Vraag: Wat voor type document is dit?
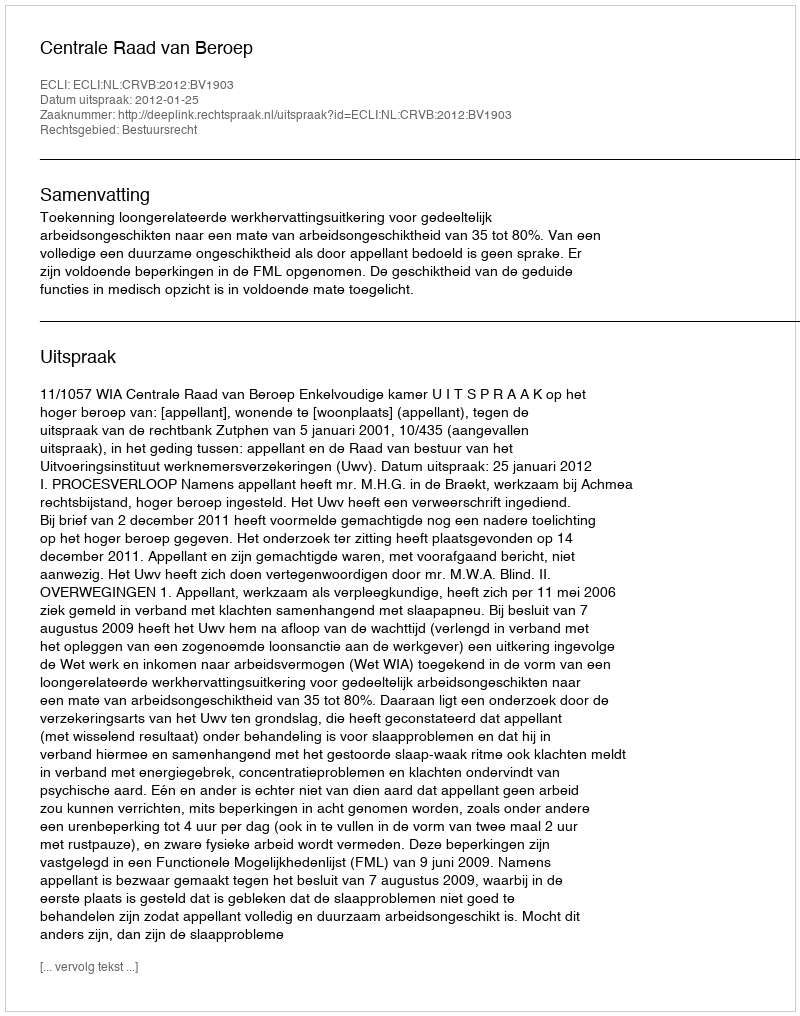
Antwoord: Uitspraak